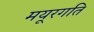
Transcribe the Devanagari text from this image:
मयूरगति